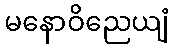
မနောဝိညေယျံ